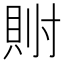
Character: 𫴯